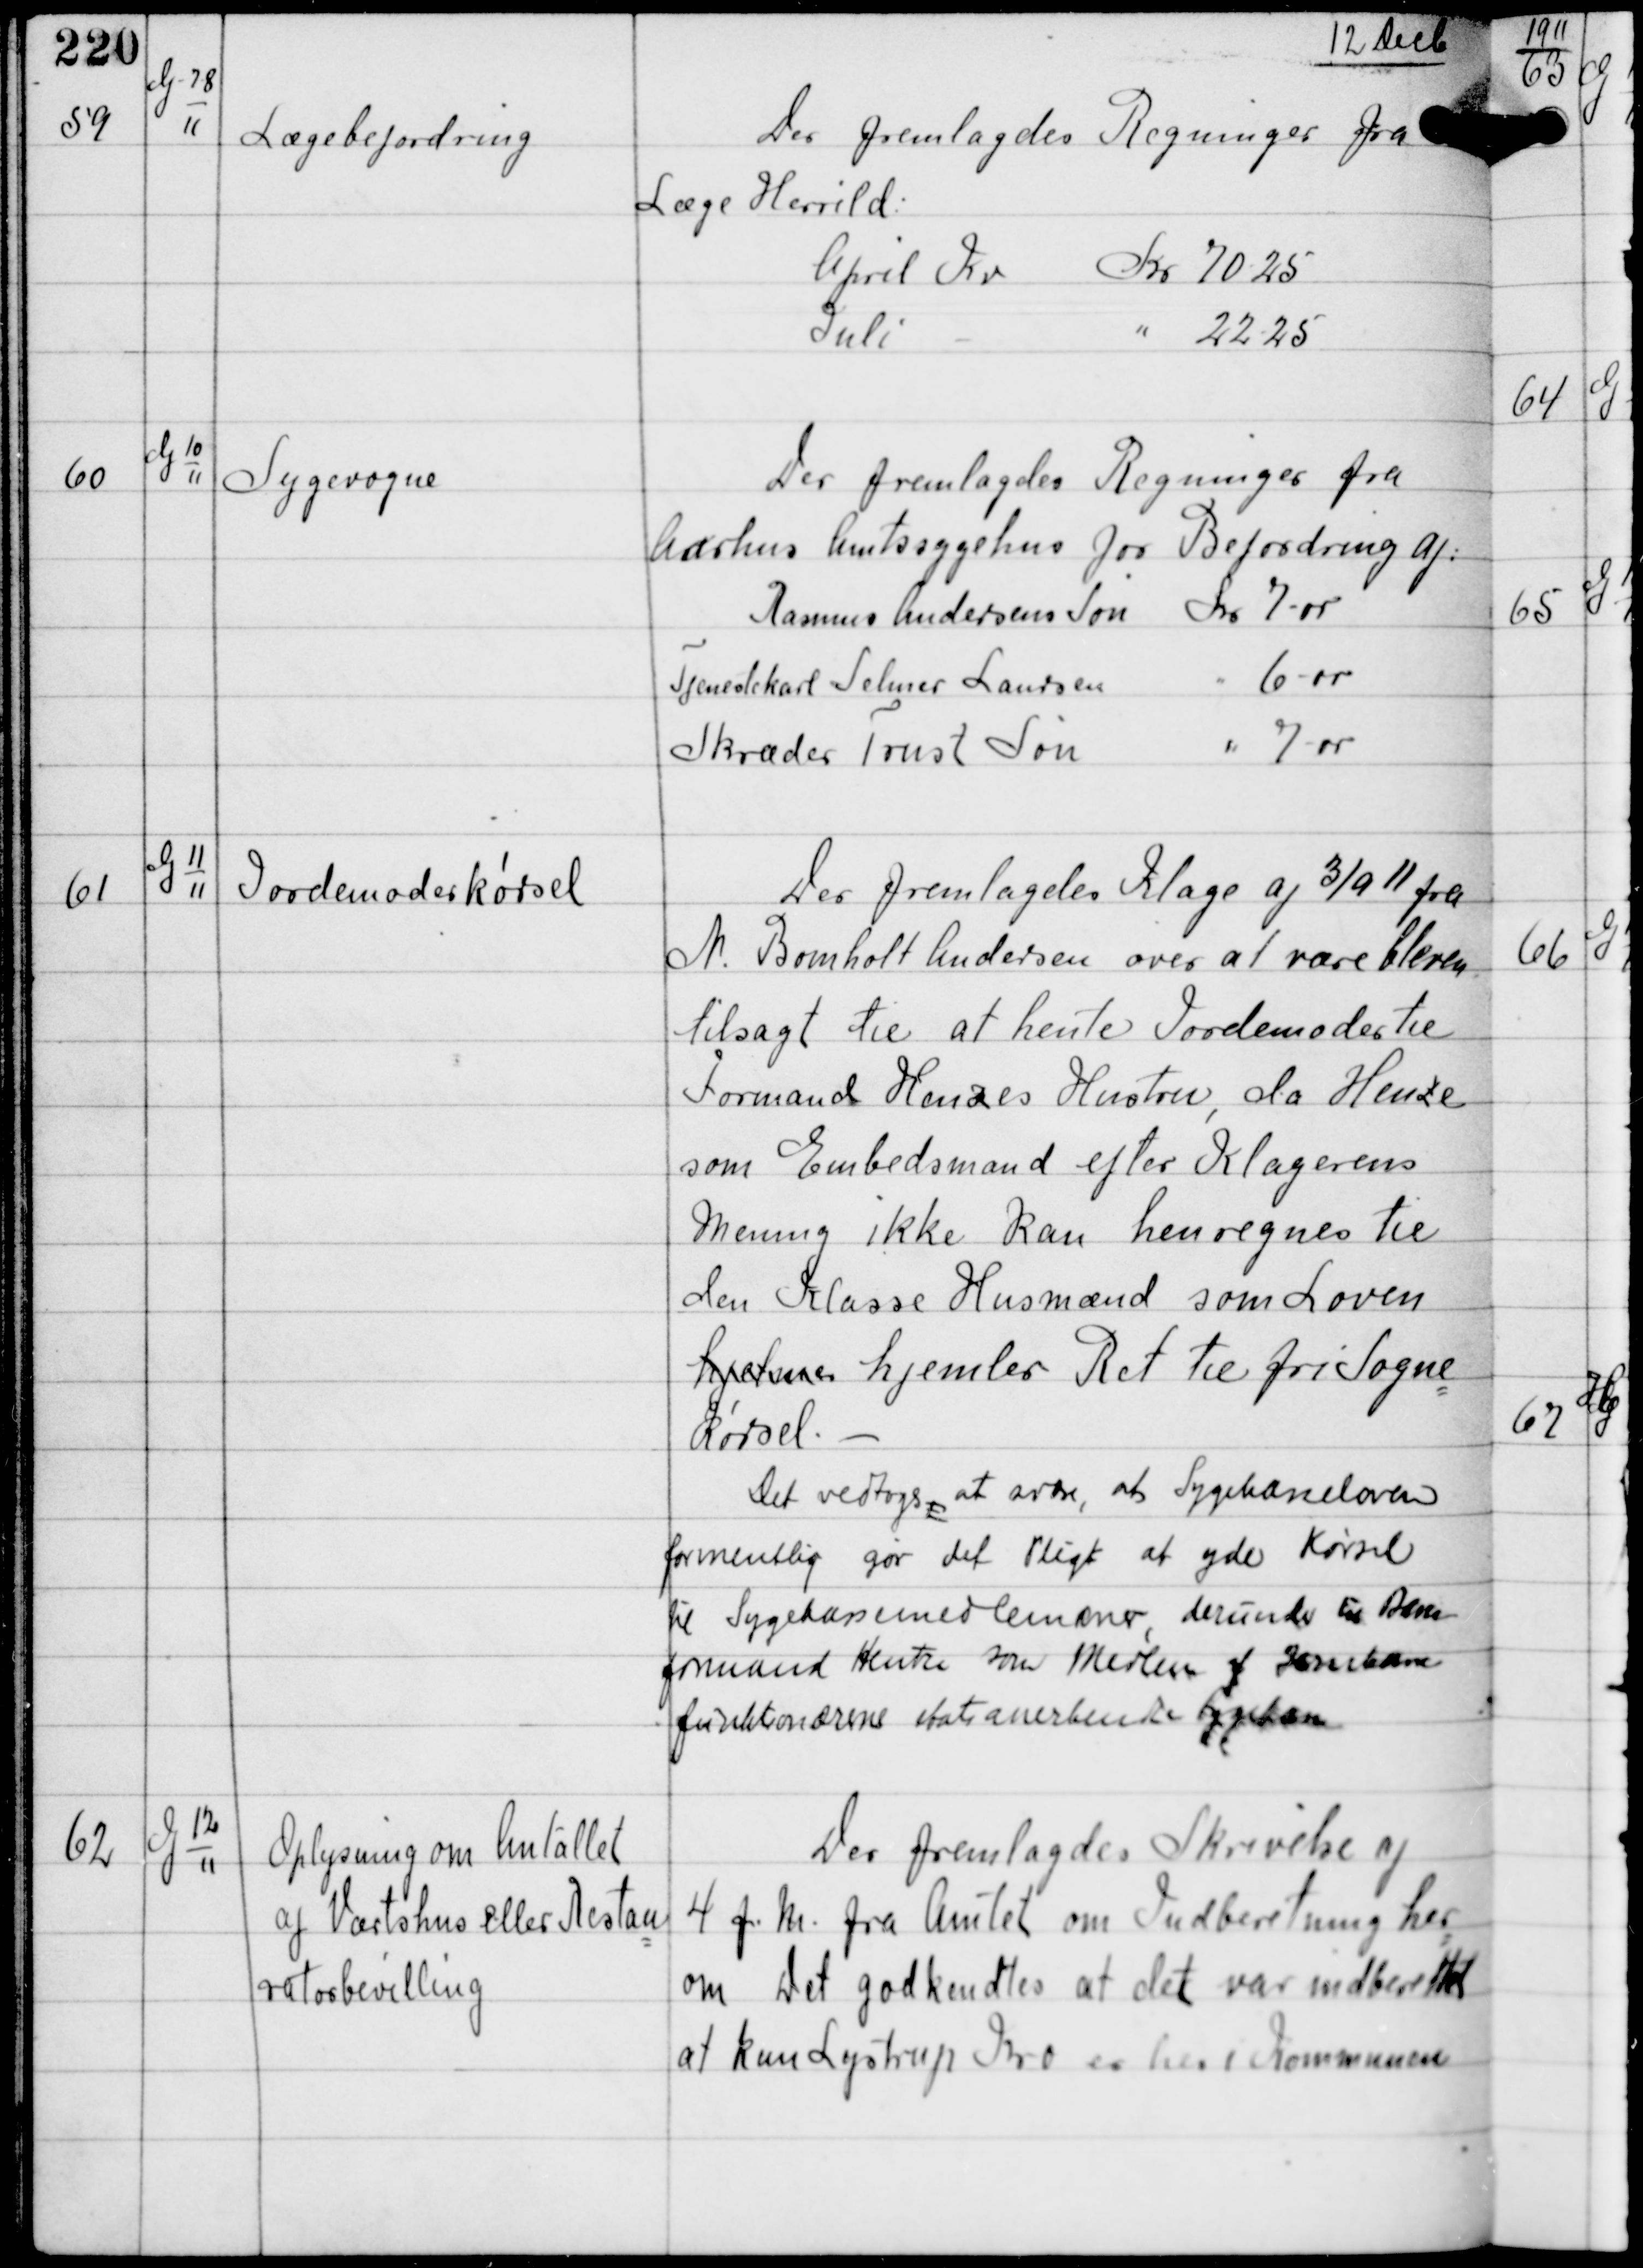
Transskription:
12 Decb

59

G-7-8
11

Lægebefordring

Der fremlagdes Regninger fra
Læge Herrild
April Kv Kr 7025
Juli - " 2225

60

G 10
11

Sygevogne

Der fremlagdes Regninger fra
Aarhus Amtssygehus for Befordring af:
Rasmus Andersens Søn Kr 7-00
Tjenestekarl Selmer Laursen " 6-00
Skræder Trust Søn " 7-00

61

G 11
11

Jordmoderkørsel

Der fremlagdes Klage af 3/9 11 fra
M Bomholt Andersen over at være bleven
tilsagt til at hente Jordmoder til
Formand Henzes Hustru, da Henze
som Embedsmand efter Klagerens
mening ikke kan henregnes til
den KLasse Husmænd som Loven
hjelmer hjemler Ret til fri Sogne
kørsel. -
Det vedtoges, at svare, at Sygekasseloven
formentlig gør det Pligt at yde Kørsel
til Sygekassemedlemmer, derunder Deres
formand Hentze som Medlem af Jernbane-
funktionærene statsanerkendte Sygekasse

62

G 12
11

Oplysning om Antallet
af Værtshus eller Restau
ratørbevilling

Der fremlagdes Skrivelse af
4 f.M. fra Amtet om Indberetning her
om. Det godkendtes at det var indberettet
at kun Lystrup Kro er her i Kommunen